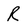
Character: R